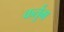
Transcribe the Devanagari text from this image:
कर्तुम